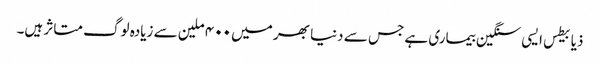
ذیابیطس ایسی سنگین بیماری ہے جس سے دنیا بھر میں ۴۰۰ ملین سے زیادہ لوگ متاثر ہیں۔